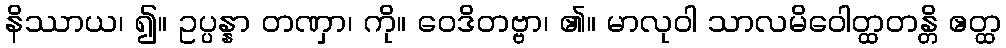
နိဿာယ၊ ၍။ ဥပ္ပန္နာ တဏှာ၊ ကို။ ဝေဒိတဗ္ဗာ၊ ၏။ မာလုဝါ သာလမိဝေါတ္ထတန္တိ ဧတ္ထ